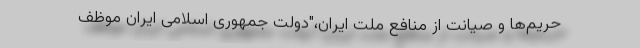
حریم‌ها و صیانت از منافع ملت ایران،"دولت جمهوری اسلامی ایران موظف